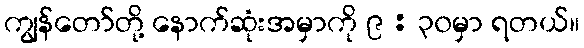
ကျွန်တော်တို့ နောက်ဆုံးအမှာကို ၉ : ၃၀မှာ ရတယ်။